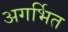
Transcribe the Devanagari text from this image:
अगर्भित